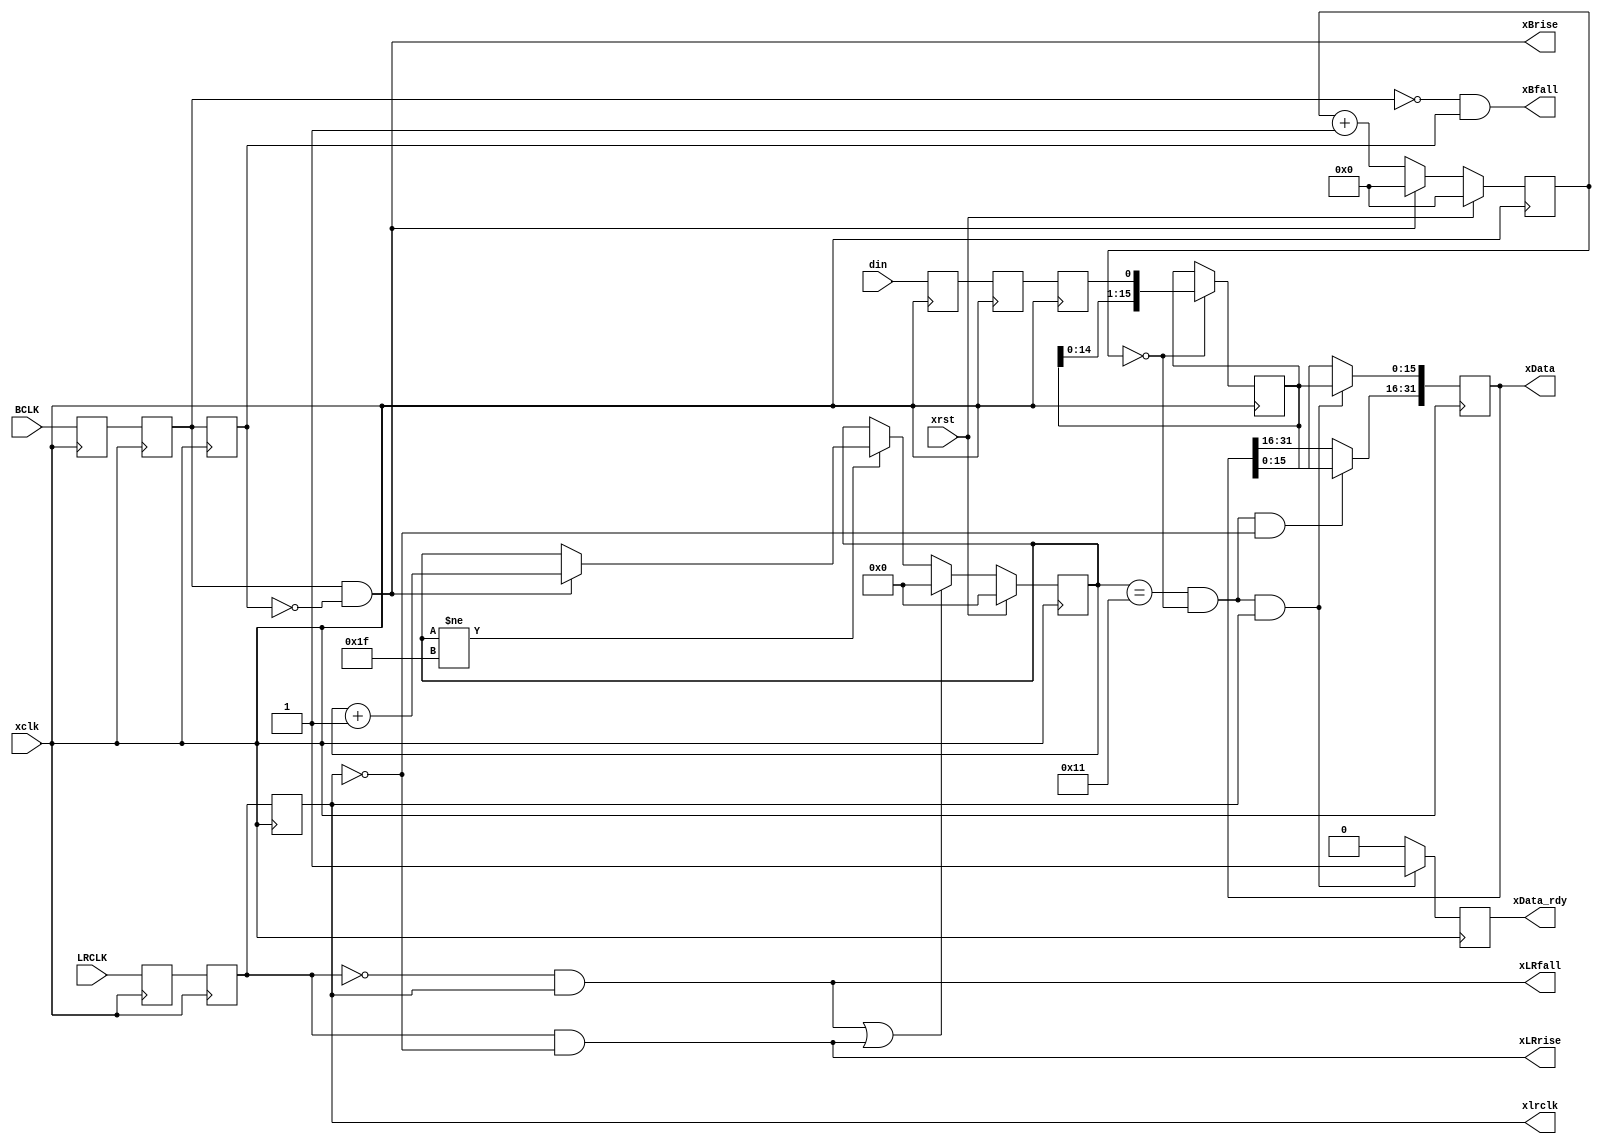
// Created by Kirk Weedman KD7IRS - Jan 25, 2009
//
// This is a parameterized module
//
// xLData and xRData are all generated synchronously to xclk.
// Since BCLK and LRCLK are not synchronous to xclk they will be double buffered to
// to the xclk domain
//
`timescale 1 ns/100 ps

module I2S_rcv (xrst, xclk, xlrclk, xBrise, xBfall, xLRrise, xLRfall,
                xData, xData_rdy, BCLK, LRCLK, din);
parameter DATA_BITS = 32;           // size of left plus right data - MUST be EVEN number!
parameter BCNT      = 1;            // which b_clk, after lr_clk goes low, to start using
parameter DSTRB     = 0;            // which position in b_clk to grab data
// BCNT and DS can fine tune where we capture

localparam XS = DATA_BITS;
localparam DS = DATA_BITS/2;        // size of left/right data
localparam SS = clogb2(DS+BCNT+1);  // number of bits to hold range from 0 - ((DS+BCNT+1)-1)

input   wire          xrst;         // reset
input   wire          xclk;
output  reg           xlrclk;
output  wire          xBrise;
output  wire          xBfall;
output  wire          xLRrise;
output  wire          xLRfall;
output  reg  [XS-1:0] xData;        // {Left,Righ} data
output  reg           xData_rdy;    // one xclk wide pulse
input   wire          BCLK;         // not in xclk domain
input   wire          LRCLK;        // not in xclk domain
input   wire          din;          // data synchronous to BCLK/LRCLK

// internal signals
reg  [SS-1:0] shift_cnt;          // shift counter
reg  [DS-1:0] temp_data;          // holds DOUT
reg           b_clk;              // in the "xclk" domain
reg           bc1, bc0, lr1, lr0; // used in getting BCLK/LRCLK into "xclk" domain
reg     [9:0] b_clk_cnt;          // how many xclk's after rising edge of b_clk to grab din
reg           d2, d1, d0;

localparam IF_TPD = 1;
localparam I2S_IDLE  = 0,
           I2S_LEFT  = 1,
           I2S_RIGHT = 2;

assign xBrise  =  bc1 & !b_clk;
assign xBfall  = !bc1 &  b_clk;
assign xLRrise =  lr1 & !xlrclk;
assign xLRfall = !lr1 &  xlrclk;

always @ (posedge xclk)
begin
  if (xrst)
    b_clk_cnt <= #IF_TPD 0;
  else if (xBrise)
    b_clk_cnt <= #IF_TPD 0; // rising edge - reset position
  else
    b_clk_cnt <= #IF_TPD b_clk_cnt + 1'b1; // 0, 1, ...

  if (b_clk_cnt == DSTRB) // DSTRB should be small enough so this happens once every BCLK cycle
    temp_data[DS-1:0] <= {temp_data[DS-2:0], d2};

  {d2, d1, d0}        <= #IF_TPD {d1, d0, din};
  {b_clk,  bc1, bc0}  <= #IF_TPD {bc1, bc0, BCLK};
  {xlrclk, lr1, lr0}  <= #IF_TPD {lr1, lr0, LRCLK};

  if (xrst)
    shift_cnt <= #IF_TPD 0;
  else if (xLRfall || xLRrise)
    shift_cnt <= #IF_TPD 0;
  else if (shift_cnt != {SS{1'b1}}) // wait here so we dont accidentally reload xLData & xRData
  begin
    if (xBrise)
      shift_cnt <= #IF_TPD shift_cnt + 1'b1;
  end

  if ((shift_cnt == (DS+BCNT)) && (b_clk_cnt == DSTRB) && !xlrclk)
    xData[XS-1:DS]  <= #IF_TPD temp_data;

  if ((shift_cnt == (DS+BCNT)) && (b_clk_cnt == DSTRB) && xlrclk)
    xData[DS-1:0]  <= #IF_TPD temp_data;

  if ((shift_cnt == (DS+BCNT)) && (b_clk_cnt == DSTRB) && xlrclk)
    xData_rdy <= 1'b1;
  else
    xData_rdy <= 1'b0;
end

function integer clogb2;
input [31:0] depth;
begin
  for(clogb2=0; depth>0; clogb2=clogb2+1)
  depth = depth >> 1;
end
endfunction

endmodule